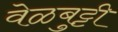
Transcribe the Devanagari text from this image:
वेळबुट्टी